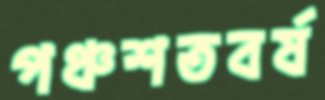
পঞ্চশতবর্ষ